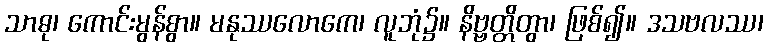
သာဓု၊ ကောင်းမွန်စွာ။ မနုဿလောကေ၊ လူဘုံ၌။ နိဗ္ဗတ္တိတွာ၊ ဖြစ်၍။ ဒသဗလဿ၊